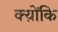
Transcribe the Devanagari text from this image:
क्य़ोंकि